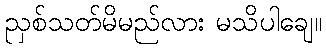
ညှစ်သတ်မိမည်လား မသိပါချေ။